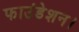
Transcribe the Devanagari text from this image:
फाउंडेशन।